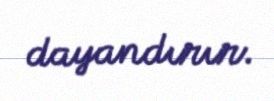
dayandırır.